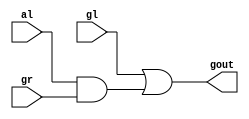
module PADOT(gl,al,gr,gout);
 input gl,al,gr;
 output gout;
 
 assign gout=gl|(al&gr);
 
endmodule

module PACIRCLE(gl,al,gr,ar,gout,aout);
    input gl,al,gr,ar;
    output gout,aout;
    
    assign gout=gl|(al&gr);
    assign  aout=al&ar;
    
endmodule